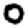
Digit: 0